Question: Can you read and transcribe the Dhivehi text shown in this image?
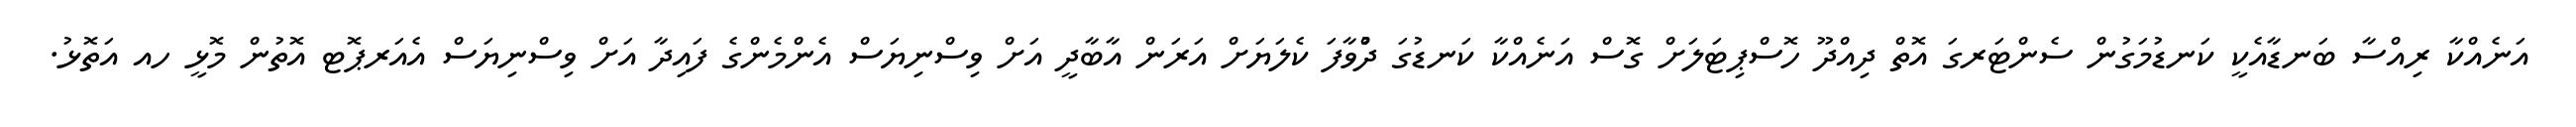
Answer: އަނެއްކާ ރިއްސާ ބަނޑާއެކީ ކަނޑުމަގުން ސެންޓަރގަ އޮތް ދިއްދޫ ހޮސްޕިޓަލަށް ގޮސް އަނެއްކާ ކަނޑުގަ ދުްވާފަ ކެލަޔަށް އަރަން އާބާދީ އަށް ވިސްނިޔަސް އެންމެންގެ ފައިދާ އަށް ވިސްނިޔަސް އެއަރޕޮޓ އޮތުން މޮޅީ ހއ އަތޮޅު.